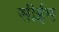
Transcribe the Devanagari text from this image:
सीईम